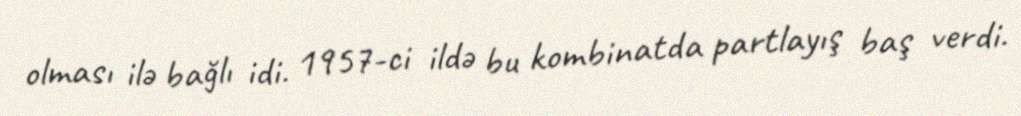
olması ilə bağlı idi. 1957-ci ildə bu kombinatda partlayış baş verdi.